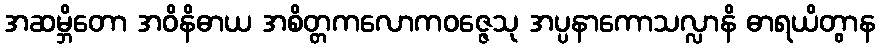
အဆမ္ဘိတော အဝိနိဓာယ အစိတ္တကလောကဝဇ္ဇေသု အပ္ပနာကောသလ္လာနိ ဓာရယိတွာန